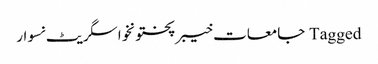
Tagged جامعات خیبرپختونخوا سگریٹ نسوار